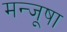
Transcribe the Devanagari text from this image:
मन्जूषा